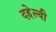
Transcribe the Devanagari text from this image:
दहेल्‍वी